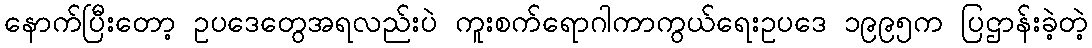
နောက်ပြီးတော့ ဥပဒေတွေအရလည်းပဲ ကူးစက်ရောဂါကာကွယ်ရေးဥပဒေ ၁၉၉၅က ပြဌာန်းခဲ့တဲ့